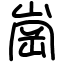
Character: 崗